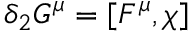
\delta _ { 2 } G ^ { \mu } = [ F ^ { \mu } , \chi ]